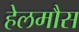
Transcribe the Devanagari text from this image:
हेलमौस